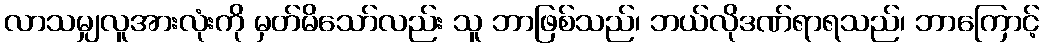
လာသမျှလူအားလုံးကို မှတ်မိသော်လည်း သူ ဘာဖြစ်သည်၊ ဘယ်လိုဒဏ်ရာရသည်၊ ဘာကြောင့်